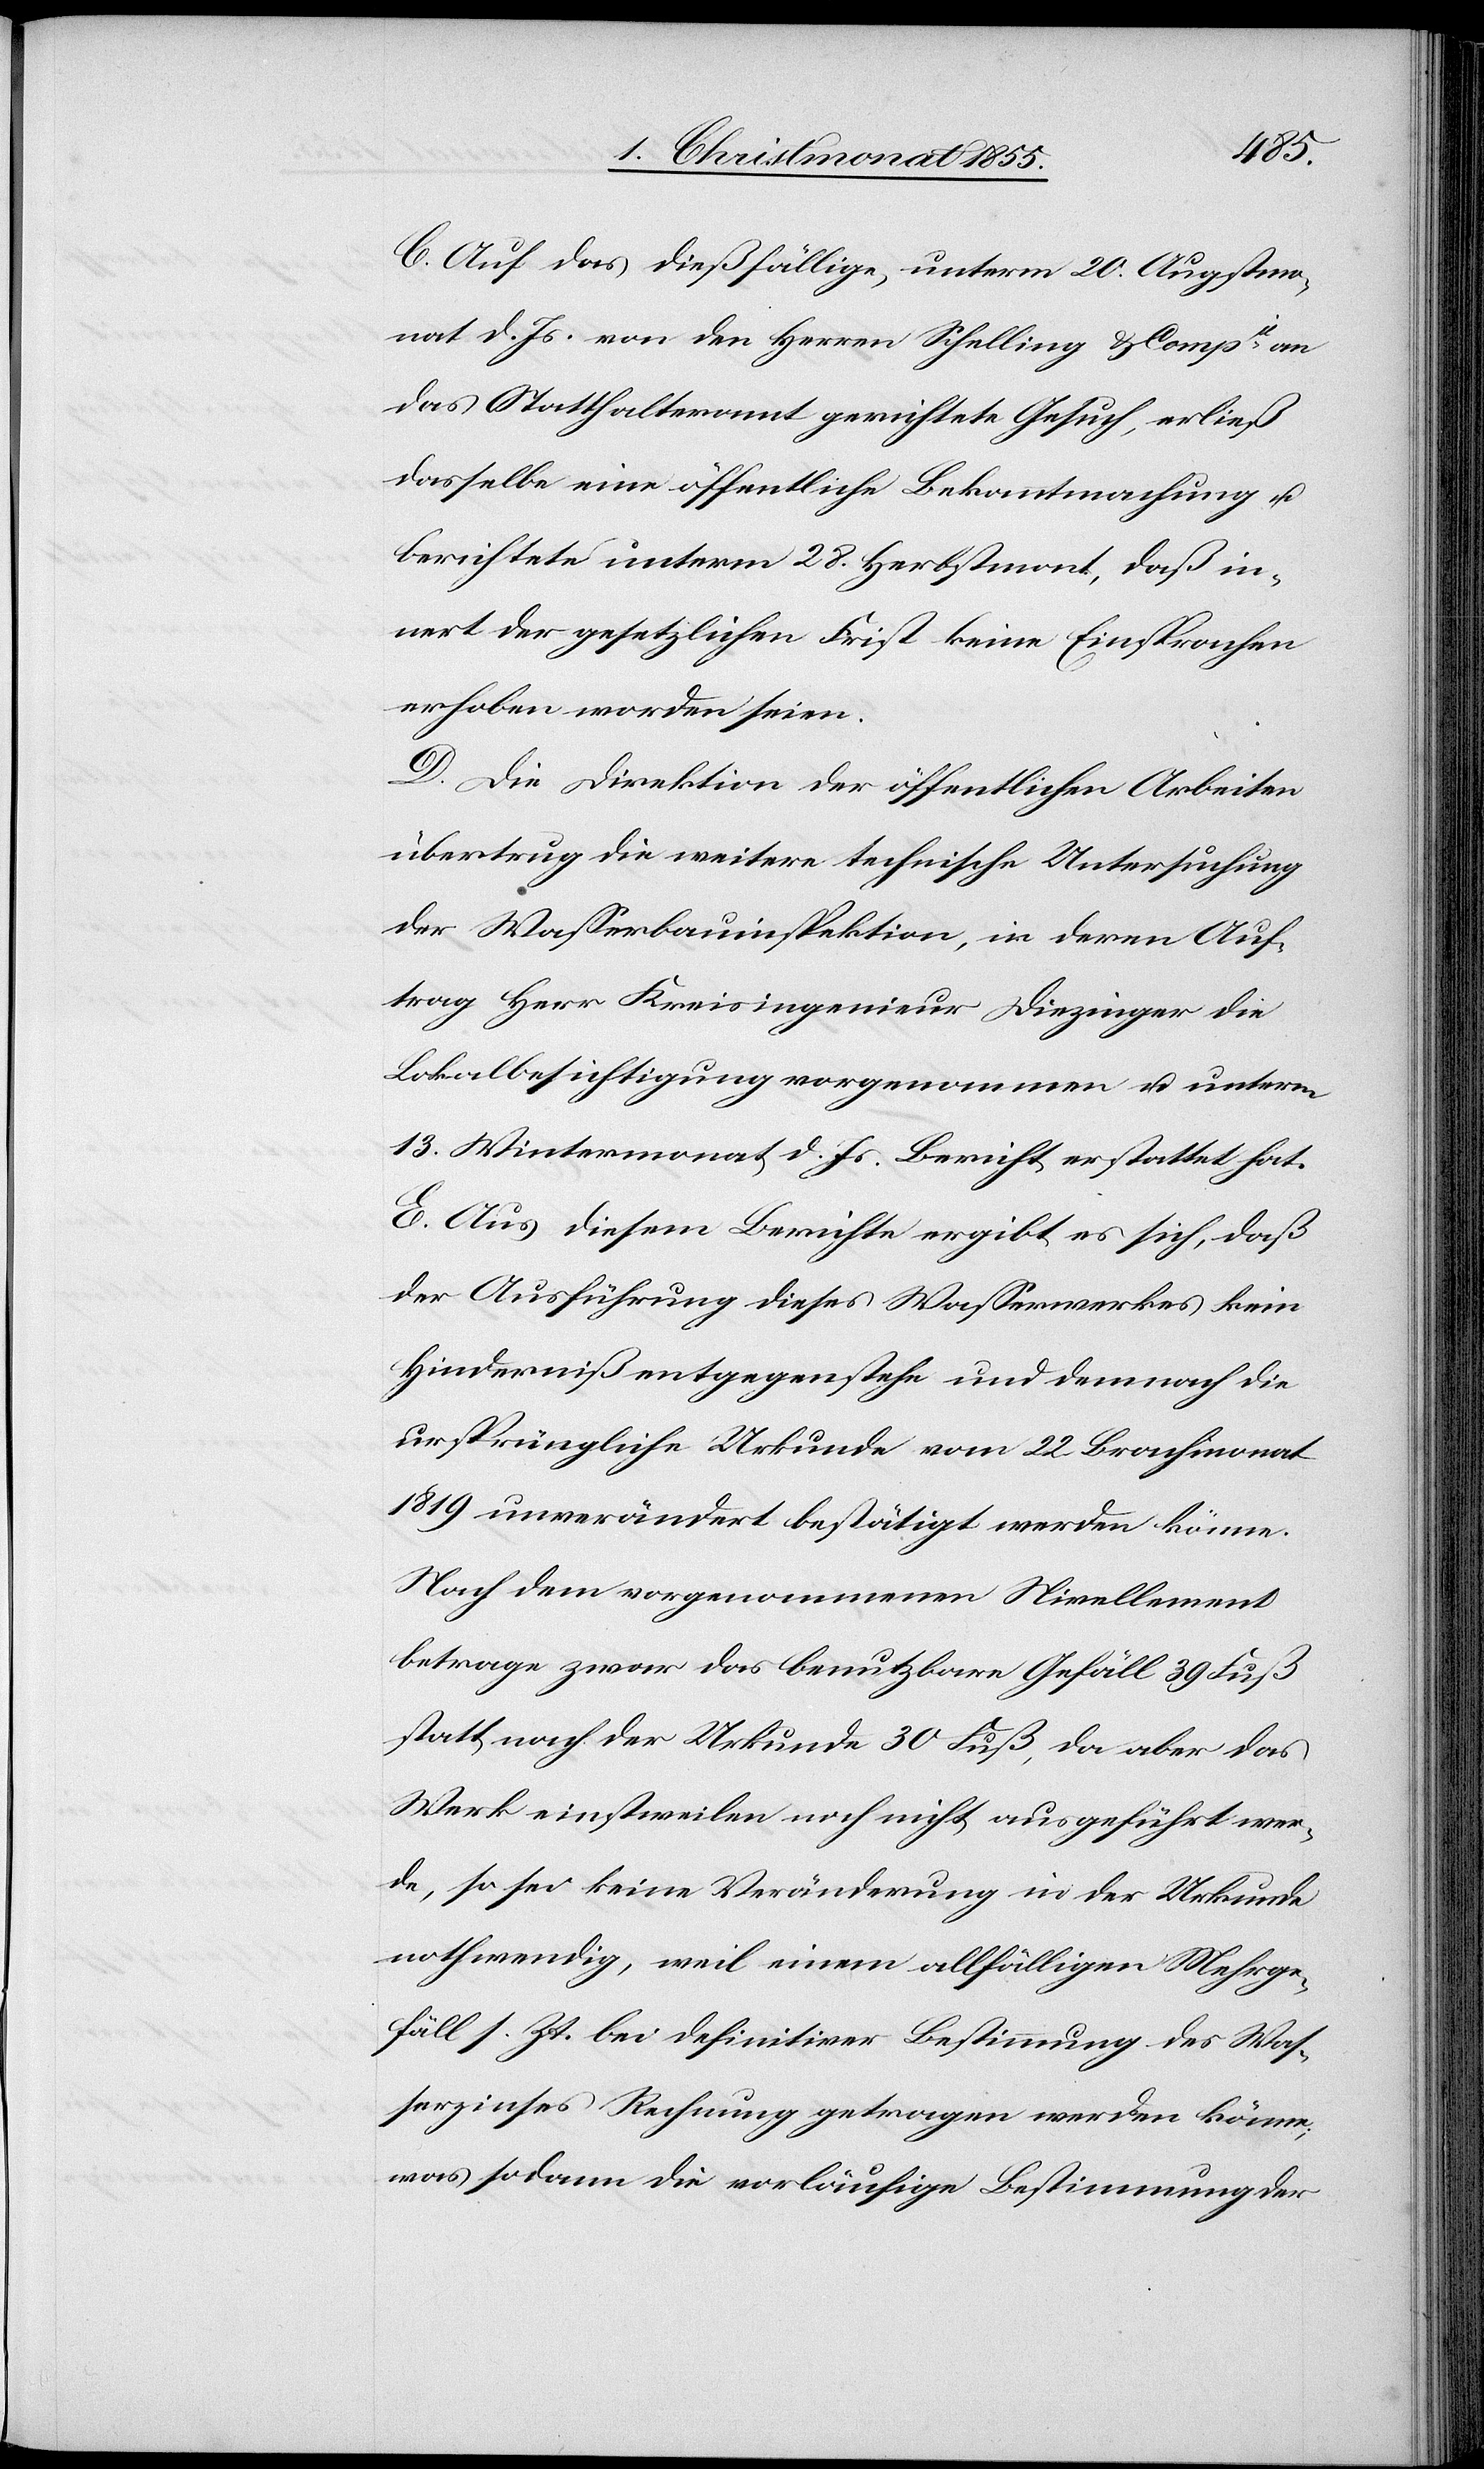
C. Auf das dießfällige, unterm 20. Augstmo¬
nat d. Js. von den Herren Schelling & Compie an
das Statthalteramt gerichtete Gesuch, erließ
dasselbe eine öffentliche Bekanntmachung u.
berichtete unterm 28. Herbstmont., daß in¬
nert der gesetzlichen Frist keine Einsprachen
erhoben worden seien.
D. Die Direktion der öffentlichen Arbeiten
übertrug die weitere technische Untersuchung
der Wasserbauinspektion, in deren Auf¬
trag Herr Kreisingenieur Diezinger die
Lokalbesichtigung vorgenommen u. unterm
13. Wintermonat d. Js. Bericht erstattet hat.
E. Aus diesem Berichte ergibt es sich, daß
der Ausführung dieses Wasserwerkes kein
Hinderniß entgegenstehe und demnach die
ursprüngliche Urkunde vom 22. Brachmonat
1819 unverändert bestätigt werden könne.
Nach dem vorgenommenen Nivellement
betrage zwar das benutzbare Gefäll 39 Fuß
statt nach der Urkunde 30 Fuß, da aber das
Werk einstweilen noch nicht ausgeführt wer¬
de, so sei keine Veränderung in der Urkunde
nothwendig, weil einem allfälligen Mehrge¬
fäll s. Zt. bei definitiver Bestimmung des Was¬
serzinses Rechnung getragen werden könne;
was sodann die vorläufige Bestimmung der